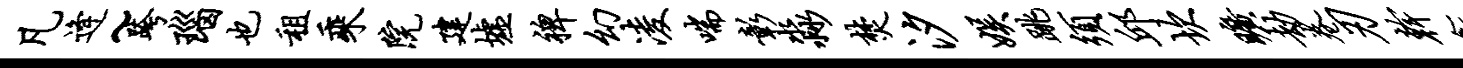
凡逄~跨瑙也租乘院建墟裨幻凌喘彰淼焚汐娱跳须邱坎旷劫卷刃干鑫